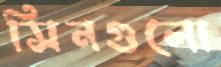
সিনগুলো